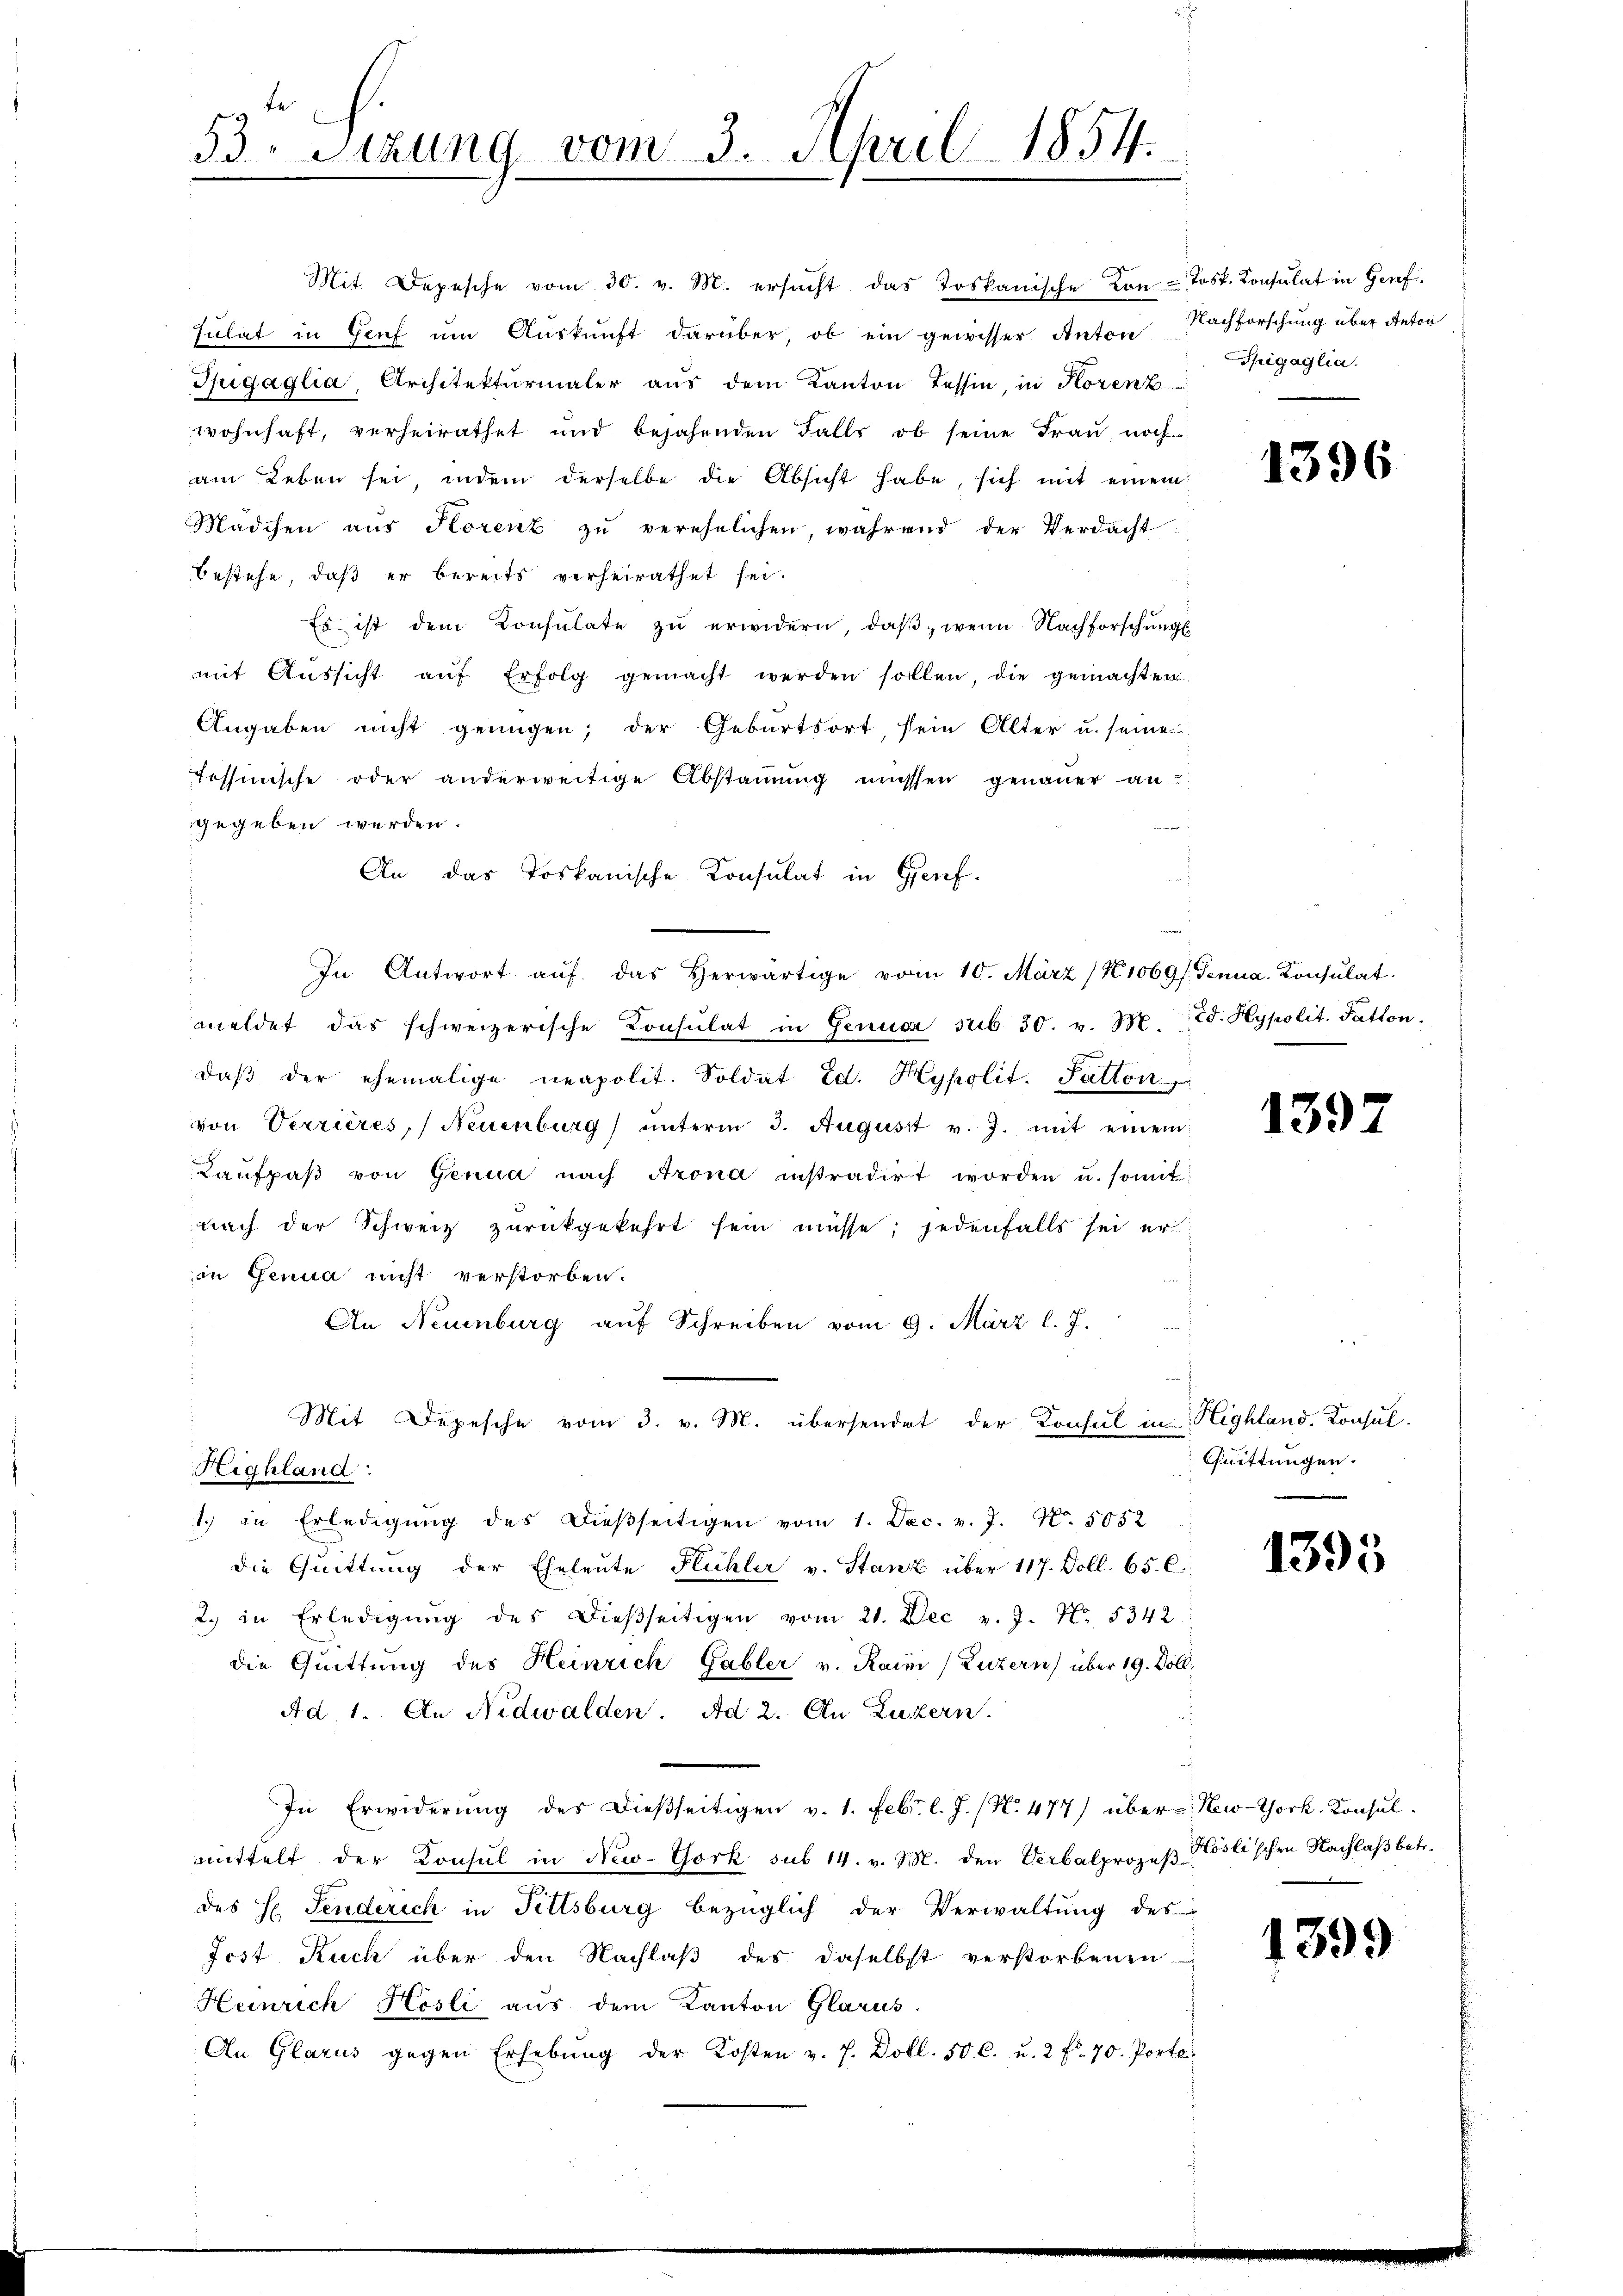
53. Sitzung vom 3. April 1854.

Mit Depesche vom 30. v. M. ersŭcht das Loskanische von Jost. Consulat in Genf.
sulat in Genf um Auskunft darüber, ob ein gewisser Anton Nachforschung über Anton
Tpigaglia, Architekturmaler aŭs dem Kanton Tessin, in Horenz
wohnhaft, verheirathet und bejahenden Falls ob seine Frau noch
am Leben sei, indem derselbe die Absicht habe, sich mit einem
Mädchen aŭs Horenz zŭ verehelichen, während der Verdacht
bestehe, daß er bereits verheirathet sei.
Es ist dem Konsulate zu erwidern, daß, wenn Nachforschungs
mit Aŭssicht aŭf Erfolg gemacht werden sollen, die gemachten
Angaben nicht genügen; der Geburtsort, sein Alter u. seine
fessinische oder anderweitige Abstammung müssen genauer an-
gegeben werden.
An das Toskanische Konsulat in Genf.
In Antwort aŭf das herwärtige vom 10. März (K 1069/: Genua, Konsulat
meldet das schweizerische Consulat in Genica sub 30. v. M. Ed. Hypolit. Fatton.
daβ der ehemalige neapolit. Soldat Ed. Hypolit. Fatton
von Verrières, Neuenburg) unterm 3. August v. J. mit einem
Kaŭfpaβ von Genua nach Arona instradirt worden u. somit
nach der Schweiz zŭrückgekehrt sein müsse; jedenfalls sei er
in Genua nicht verstorben.
An Neuenburg auf Schreiben vom 9. März l. J.
Mit Depesche vom 3. v. M. übersendet der Konsul in Highland. Konsul¬
Highland:
1.) in Erledigung des dießseitigen vom 1. Dec. v. J. N. 5052
die Quittung der Eheleute Flühler v. Stanz über 117. Doll. 65. C.
2. in Erledigŭng des dieβseitigen vom 21. Dec v. J. Nr. 5342
die Quittung des Heinrich Gabler v. Raini (Luzern) über 19. Döll.
Ad 1. An Nidwalden. Ad 2. An Luzern.
In Erwiderung des dießseitigen v. 1. Febr. l. J. (No. 477) über New-York-Konsulmittelt der Konsul in New-York sub 14. v. M. den Verbalprozeβ-osli’schen Nachlaβ betr.
des H. Senderich in Fittsburg bezüglich der Verwaltung des
Jost Ruch über den Nachlaß des daselbst verstorbenen
Heinrich Hösli aus dem Kanton Glarus.
An Glarus gegen Erhebŭng der Kosten v. J. Doll. 50 l. u. 2 fr. 70. Porte.

Sigaglia.

1396

1397

Quittungen.

1395

1399